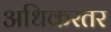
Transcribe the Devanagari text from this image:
अधिकरतर